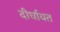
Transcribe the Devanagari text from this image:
दीर्घायत